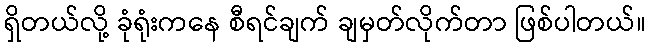
ရှိတယ်လို့ ခုံရုံးကနေ စီရင်ချက် ချမှတ်လိုက်တာ ဖြစ်ပါတယ်။